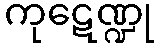
ကုဋေဏ္ဍု